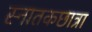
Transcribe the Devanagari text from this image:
स्नातकछात्रा